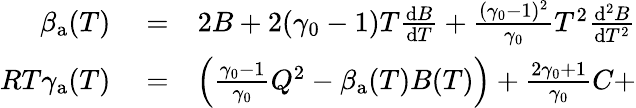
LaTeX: \begin{array}{rlr}{\beta_{\mathrm{a}}(T)}&{{}=}&{2B+2(\gamma_{0}-1)T\frac{\mathrm{d}B}{\mathrm{d}T}+\frac{(\gamma_{0}-1)^{2}}{\gamma_{0}}T^{2}\frac{\mathrm{d}^{2}B}{\mathrm{d}T^{2}}}\\ {RT\gamma_{\mathrm{a}}(T)}&{{}=}&{\left(\frac{\gamma_{0}-1}{\gamma_{0}}Q^{2}-\beta_{\mathrm{a}}(T)B(T)\right)+\frac{2\gamma_{0}+1}{\gamma_{0}}C+}\end{array}